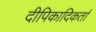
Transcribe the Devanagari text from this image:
दीपिकादिकर्ता